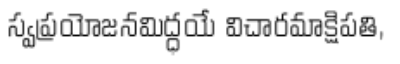
స్వప్రయోజనమిద్ధయే విచారమాక్షిపతి,